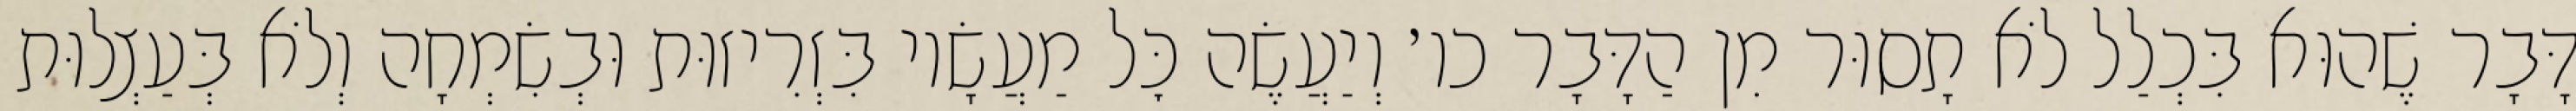
דָּבָר שֶׁהוּא בִּכְלַל לֹא תָסוּר מִן הַדָּבָר כו׳ וְיַעֲשֶׂה כׇּל מַעֲשָׂיו בִּזְרִיזוּת וּבְשִׂמְחָה וְלֹא בְּעַצְלוּת